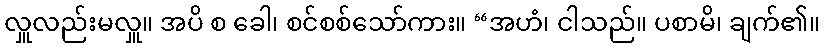
လှူလည်းမလှူ။ အပိ စ ခေါ၊ စင်စစ်သော်ကား။ “အဟံ၊ ငါသည်။ ပစာမိ၊ ချက်၏။